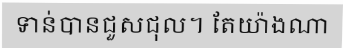
ទាន់បានជួសជុល។ តែយ៉ាងណា